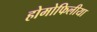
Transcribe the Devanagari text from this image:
होमोफिलीया